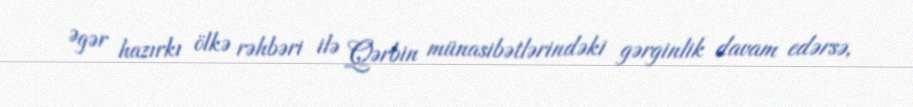
Əgər hazırkı ölkə rəhbəri ilə Qərbin münasibətlərindəki gərginlik davam edərsə,